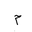
Letter: _mim